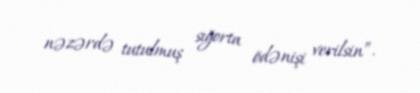
nəzərdə tutulmuş sığorta ödənişi verilsin”.